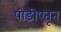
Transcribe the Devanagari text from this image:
पीडीएतून